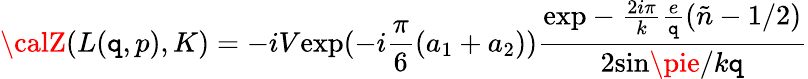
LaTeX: {\calZ}(L(\mathtt{q},p),K)=-iV\mathrm{{exp}}(-i\frac{{\pi}}{{6}}(a_{1}+a_{2}))\frac{{\mathrm{{exp}}-\frac{{2i\pi}}{{k}}\frac{{e}}{{\mathtt{q}}}(\tilde{{n}}-1/2)}}{{2\mathrm{{sin}}\pie/k\mathtt{q}}}